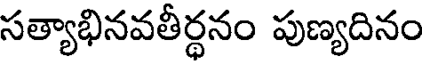
సత్యాభినవతీర్ధనం పుణ్యదినం